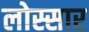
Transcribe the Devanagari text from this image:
लोस्सार